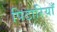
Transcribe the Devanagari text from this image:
पिटारियाँ